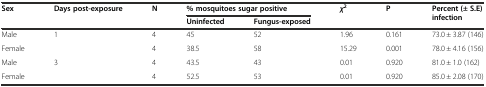
<table><thead><tr><td rowspan="2"><b>Sex</b></td><td rowspan="2"><b>Days post-exposure</b></td><td rowspan="2"><b>N</b></td><td colspan="2"><b>% mosquitoes sugar positive</b></td><td rowspan="2"><b><i>χ</i><sup>2</sup></b></td><td rowspan="2"><b>P</b></td><td rowspan="2"><b>Percent (± S.E) infection</b></td></tr><tr><td><b>Uninfected</b></td><td><b>Fungus-exposed</b></td></tr></thead><tbody><tr><td>Male</td><td rowspan="2">1</td><td>4</td><td>45</td><td>52</td><td>1.96</td><td>0.161</td><td>73.0 ± 3.87 (146)</td></tr><tr><td>Female</td><td>4</td><td>38.5</td><td>58</td><td>15.29</td><td>0.001</td><td>78.0 ± 4.16 (156)</td></tr><tr><td>Male</td><td rowspan="2">3</td><td>4</td><td>43.5</td><td>43</td><td>0.01</td><td>0.920</td><td>81.0 ± 1.0 (162)</td></tr><tr><td>Female</td><td>4</td><td>52.5</td><td>53</td><td>0.01</td><td>0.920</td><td>85.0 ± 2.08 (170)</td></tr></tbody></table>